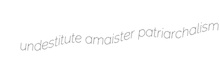
undestitute amaister patriarchalism